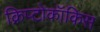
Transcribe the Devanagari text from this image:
क्रिप्टोकॉकिस